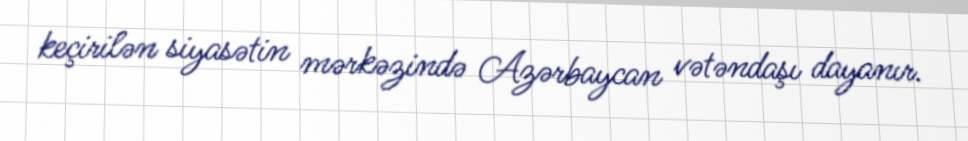
keçirilən siyasətin mərkəzində Azərbaycan vətəndaşı dayanır.